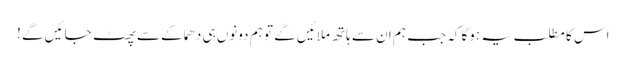
اس کا مطلب یہ ہوگا کہ جب ہم ان سے ہاتھ ملائیں گے تو ہم دونوں ہی دھماکے سے پھٹ جائیں گے !